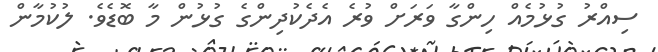
ސިއްރު ގުޅުމެއް ހިންގާ ވަރަށް ވުރެ އެދެކުދިންގެ ގުޅުން މާ ބޮޑެވެ. ލުކުމާން